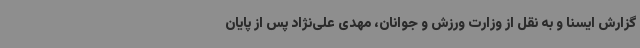
گزارش ایسنا و به نقل از وزارت ورزش و جوانان، مهدی علی‌نژاد پس از پایان